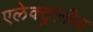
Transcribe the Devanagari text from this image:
एलेक्ट्रानीय